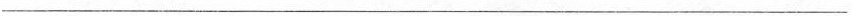
___